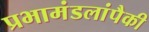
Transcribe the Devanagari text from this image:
प्रभामंडलांपैकी